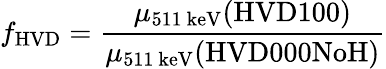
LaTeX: f_{\textrm{HVD}}=\frac{\mu_{\textrm{511~keV}}(\textrm{HVD100})}{\mu_{\textrm{511~keV}}(\textrm{HVD000NoH})}